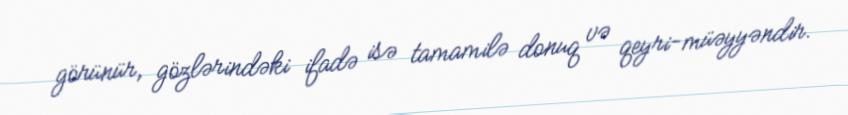
görünür, gözlərindəki ifadə isə tamamilə donuq və qeyri-müəyyəndir.